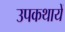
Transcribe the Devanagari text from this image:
उपकथायें